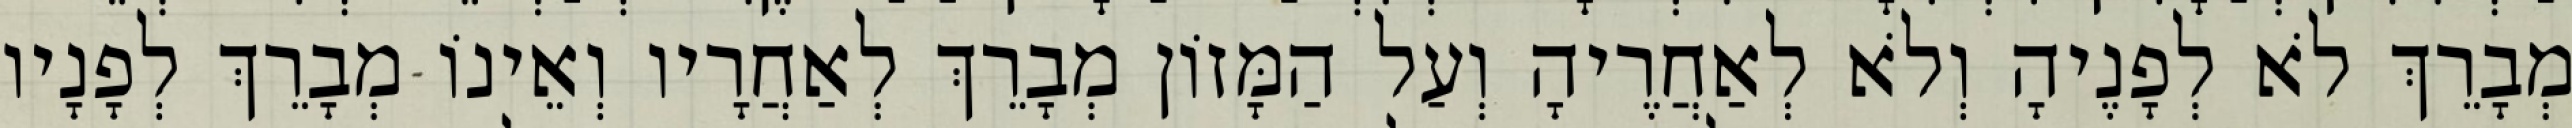
מְבָרֵךְ לֹא לְפָנֶיהָ וְלֹא לְאַחֲרֶיהָ וְעַל הַמָּזוֹן מְבָרֵךְ לְאַחֲרָיו וְאֵינוֹ מְבָרֵךְ לְפָנָיו